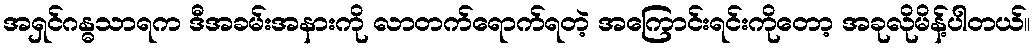
အရှင်ဂန္ဓသာရက ဒီအခမ်းအနားကို လာတက်ရောက်ရတဲ့ အကြောင်းရင်းကိုတော့ အခုလိုမိန့်ပါတယ်။